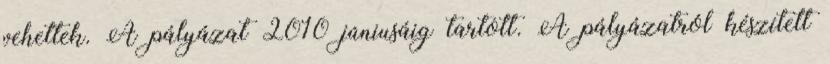
vehettek. A pályázat 2010 júniusáig tartott. A pályázatról készített